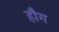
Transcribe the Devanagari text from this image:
हौग